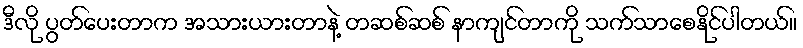
ဒီလို ပွတ်ပေးတာက အသားယားတာနဲ့ တဆစ်ဆစ် နာကျင်တာကို သက်သာစေနိုင်ပါတယ်။